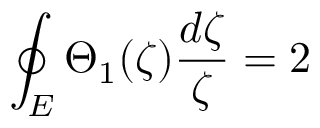
\oint _ { E } \Theta _ { 1 } ( \zeta ) \frac { d \zeta } { \zeta } = 2